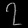
Digit: ၇